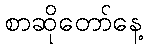
စာဆိုတော်နေ့